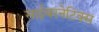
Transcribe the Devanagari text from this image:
साईबरनेटिक्स